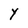
Character: Y